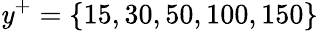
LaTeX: \mathit{y}^{+}=\{ 15,30,50,100,150\}